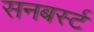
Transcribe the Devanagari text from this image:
सनबर्स्ट